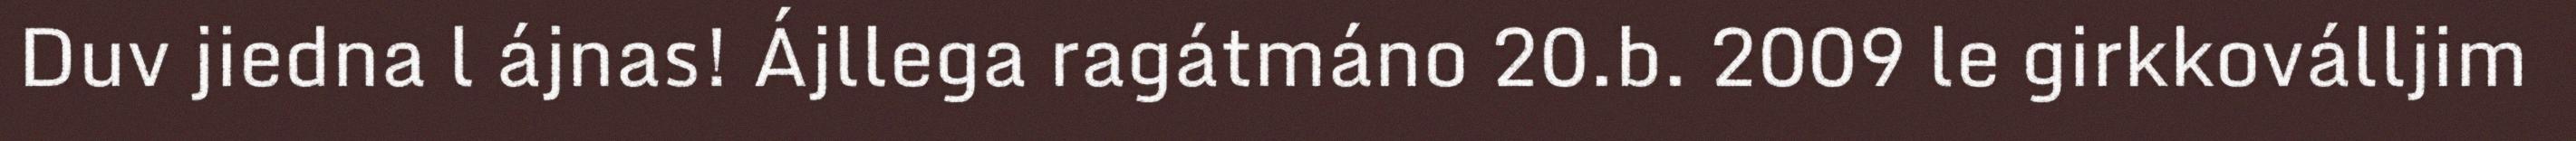
Duv jiedna l ájnas! Ájllega ragátmáno 20.b. 2009 le girkkoválljim